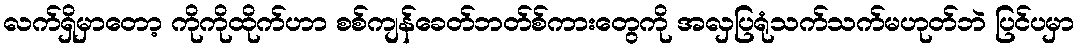
လက်ရှိမှာတော့ ကိုကိုထိုက်ဟာ စစ်ကျန်ခေတ်ဘတ်စ်ကားတွေကို အလှပြရုံသက်သက်မဟုတ်ဘဲ ပြင်ပမှာ